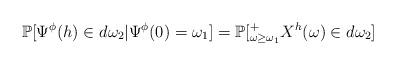
LaTeX: \begin{align*}\mathbb{P}[\Psi^{\phi}(h)\in d\omega_2 \vert \Psi^{\phi}(0)=\omega_1]=\mathbb{P}[^{+}_{\omega \ge \omega_1} X^{h}(\omega) \in d\omega_2]\end{align*}